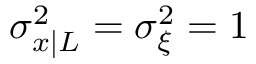
\sigma _ { x | L } ^ { 2 } = \sigma _ { \xi } ^ { 2 } = 1